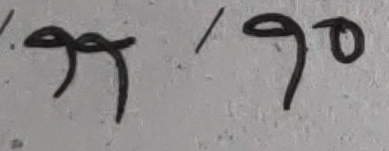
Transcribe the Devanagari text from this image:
१९/९०